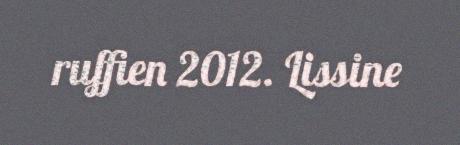
ruffien 2012. Lissine